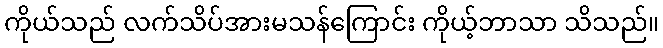
ကိုယ်သည် လက်သိပ်အားမသန်ကြောင်း ကိုယ့်ဘာသာ သိသည်။